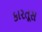
કારતૂસ